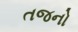
તજનો